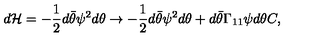
d { \cal H } = - { \frac { 1 } { 2 } } d \bar { \theta } \psi ^ { 2 } d \theta \rightarrow - { \frac { 1 } { 2 } } d \bar { \theta } \psi ^ { 2 } d \theta + d \bar { \theta } \Gamma _ { 1 1 } \psi d \theta C ,